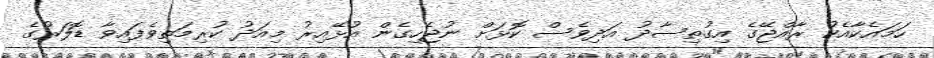
ހަމައެކާއެކު ރާއްޖޭގެ އިގުތިސާދު އަދިވެސް ކޮޅަށް ނުޖެހިގެން އުޅޭއިރު މިއަދު ކުރިމަތިވެފައިވާ ޑޮލަރުގެ